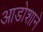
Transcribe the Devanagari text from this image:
आडोशाने